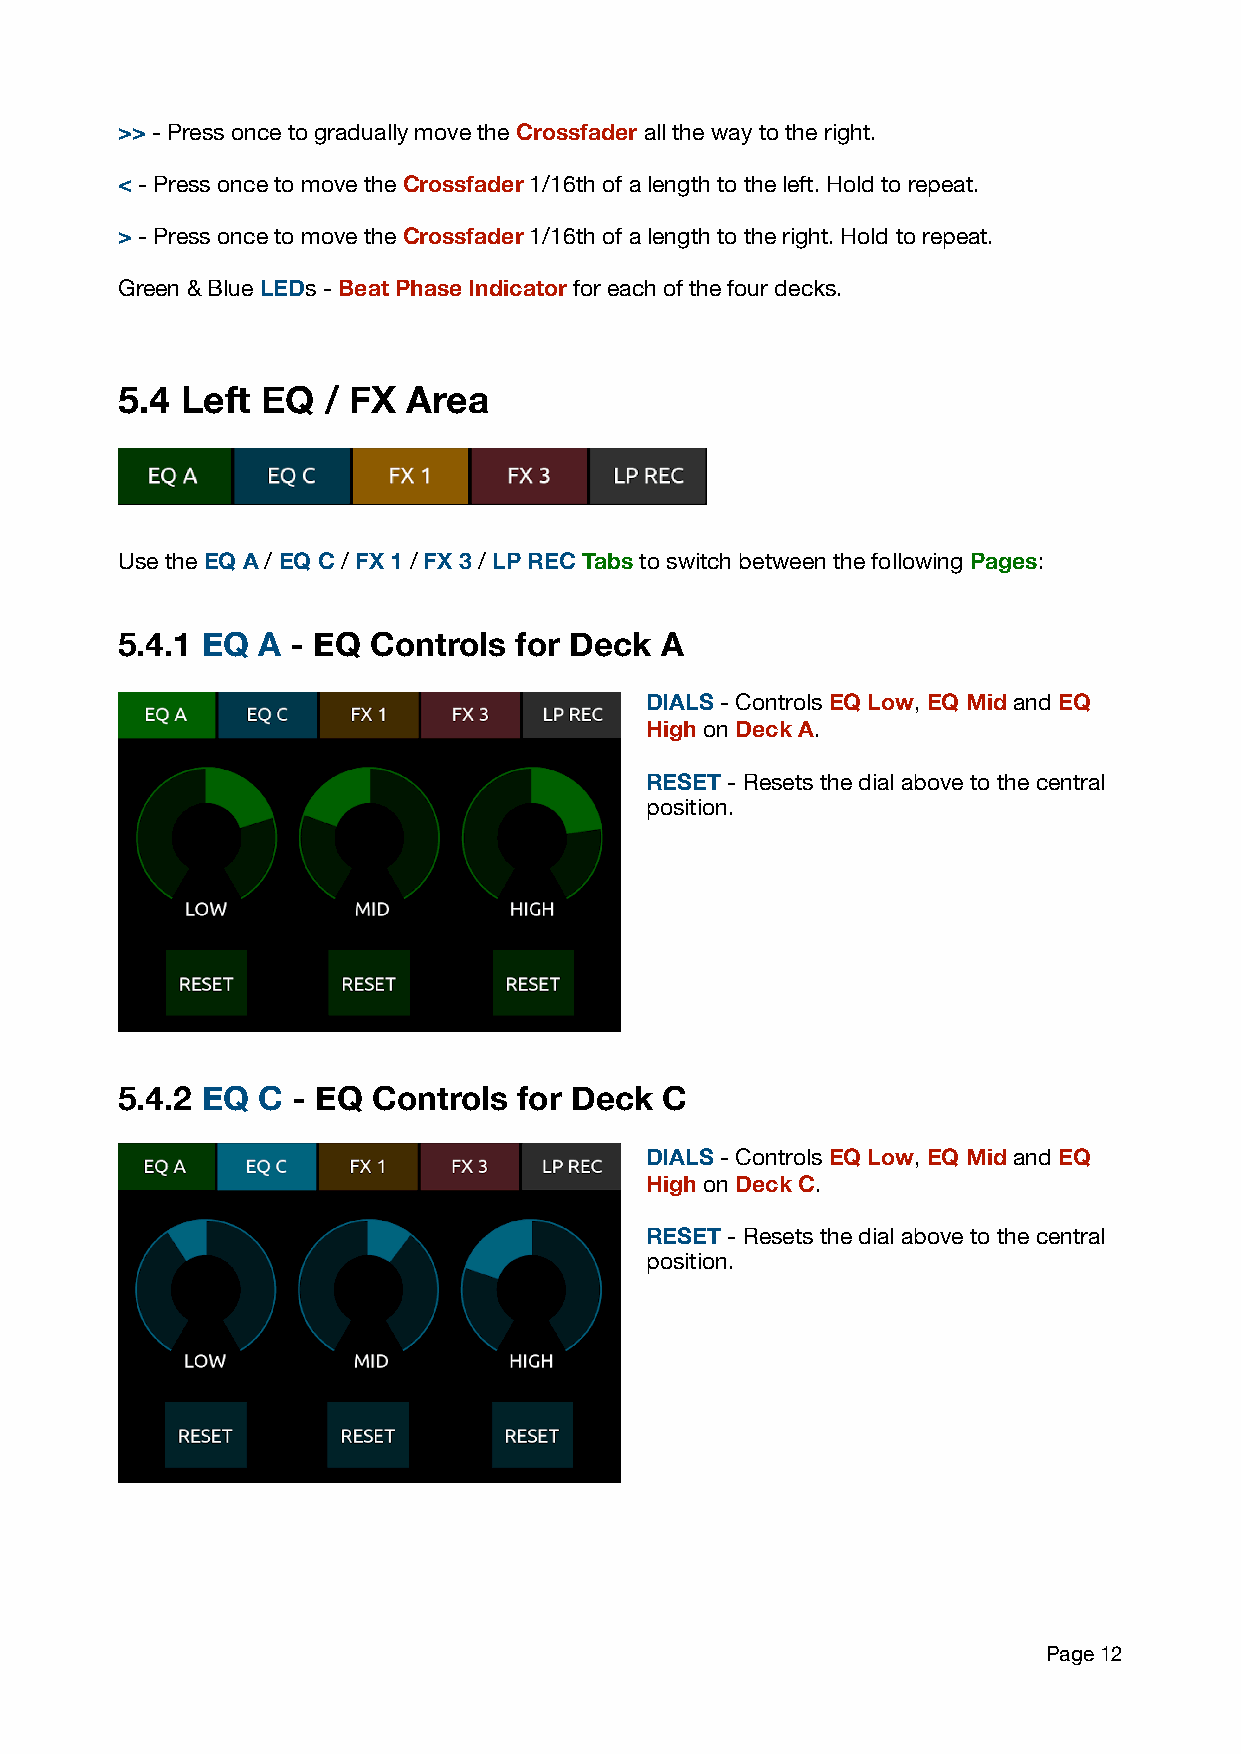
>> - Press once to gradually move the Crossfader all the way to the right.
 < - Press once to move the Crossfader 1/16th of a length to the left. Hold to repeat.
 > - Press once to move the Crossfader 1/16th of a length to the right. Hold to repeat.
 Green & Blue LEDs - Beat Phase Indicator for each of the four decks.
 5.4 Left EQ  / FX  Area
 Use the EQ A / EQ C / FX 1 / FX 3 / LP REC Tabs to switch between the following Pages:
 5.4.1 EQ A - EQ Controls  for Deck  A
 DIALS - Controls EQ Low, EQ Mid and EQ
 High on Deck A.
 RESET - Resets the dial above to the central
 position.
 5.4.2 EQ C - EQ  Controls for Deck  C
 DIALS - Controls EQ Low, EQ Mid and EQ
 High on Deck C.
 RESET - Resets the dial above to the central
 position.
 Page 12